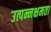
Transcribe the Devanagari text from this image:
उत्पन्नक्षमता